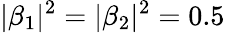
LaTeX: |\beta_{1}|^{2}=|\beta_{2}|^{2}=0.5